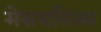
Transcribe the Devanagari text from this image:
मेसयनिज्म